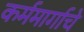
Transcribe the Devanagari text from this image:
कर्ममार्गाचे